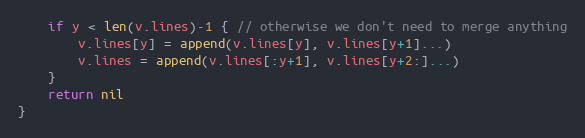
Language: Go
	if y < len(v.lines)-1 { // otherwise we don't need to merge anything
		v.lines[y] = append(v.lines[y], v.lines[y+1]...)
		v.lines = append(v.lines[:y+1], v.lines[y+2:]...)
	}
	return nil
}